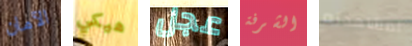
الآمان هيكي عجل الشرفة لمشاهدته